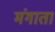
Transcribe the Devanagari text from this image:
मंगाता